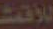
للأقمت